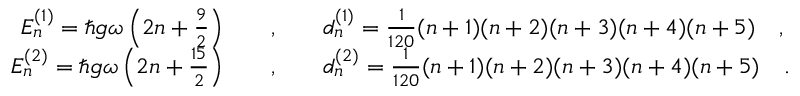
\begin{array} { r c l } { { E _ { n } ^ { ( 1 ) } = \hbar g \omega \left( 2 n + \frac { 9 } { 2 } \right) \ \ \ } } & { { , } } & { { \ \ \ d _ { n } ^ { ( 1 ) } = \frac { 1 } { 1 2 0 } ( n + 1 ) ( n + 2 ) ( n + 3 ) ( n + 4 ) ( n + 5 ) \ \ \ , } } \\ { { E _ { n } ^ { ( 2 ) } = \hbar g \omega \left( 2 n + \frac { 1 5 } { 2 } \right) \ \ \ } } & { { , } } & { { \ \ \ d _ { n } ^ { ( 2 ) } = \frac { 1 } { 1 2 0 } ( n + 1 ) ( n + 2 ) ( n + 3 ) ( n + 4 ) ( n + 5 ) \ \ \ . } } \end{array}